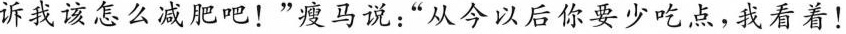
诉我该怎么减肥吧！”瘦马说：”从今以后你要少吃点，我看着！